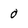
Character: 0